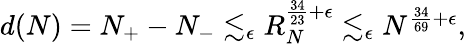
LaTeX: \begin{array}{r}{d(N)=N_{+}-N_{-}\lesssim_{\epsilon}R_{N}^{\frac{34}{23}+\epsilon}\lesssim_{\epsilon}N^{\frac{34}{69}+\epsilon},}\end{array}